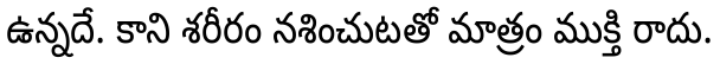
ఉన్నదే. కాని శరీరం నశించుటతో మాత్రం ముక్తి రాదు.